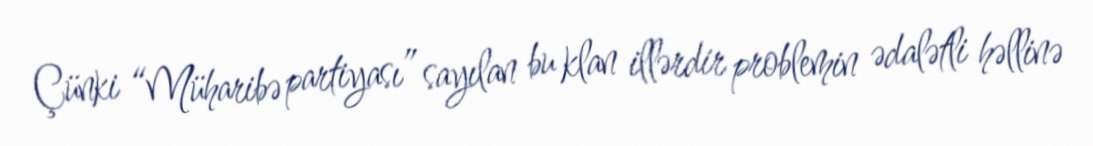
Çünki “Müharibə partiyası” sayılan bu klan illərdir problemin ədalətli həllinə